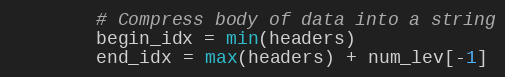
Language: Python
        # Compress body of data into a string
        begin_idx = min(headers)
        end_idx = max(headers) + num_lev[-1]